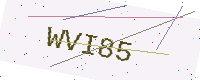
Text: WVI85